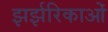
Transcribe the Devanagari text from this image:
झर्झरिकाओं